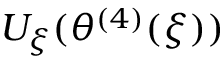
U _ { \xi } ( \theta ^ { ( 4 ) } ( \xi ) )